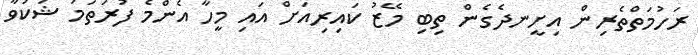
ރަހުމަތްތެރިން އިށީނދެގެން ތިބި މޭޒު ކައިރިއަށް އައި މީހާ އެންމެ ފުރަތަމަ ޝަކުވާ